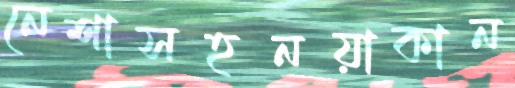
নেশাসহনয়াকান